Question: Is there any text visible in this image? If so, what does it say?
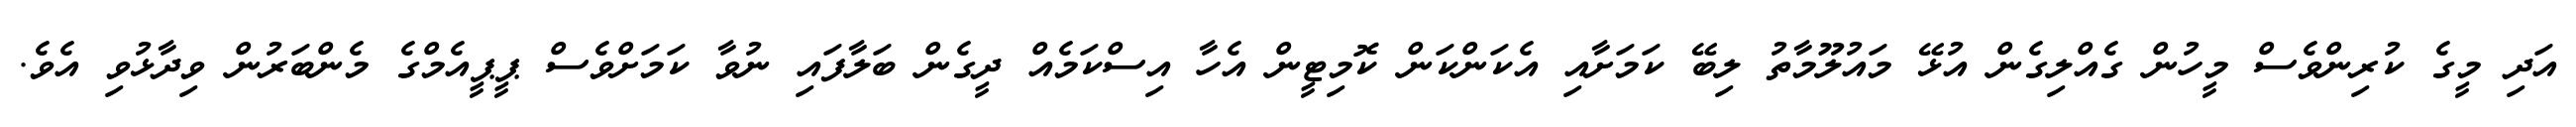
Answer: އަދި މީގެ ކުރިންވެސް މީހުން ގެއްލިގެން އުޅޭ މައުލޫމާތު ލިބޭ ކަމަށާއި އެކަންކަން ކޮމިޓީން އެހާ އިސްކަމެއް ދީގެން ބަލާފައި ނުވާ ކަމަށްވެސް ޕީޕީއެމްގެ މެންބަރުން ވިދާޅުވި އެވެ.